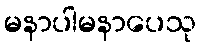
မနာပါမနာပေသု